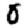
Digit: 0